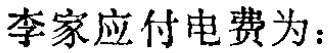
李家应付电费为：